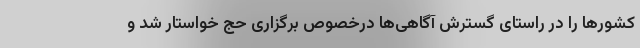
کشورها را در راستای گسترش آگاهی‌ها درخصوص برگزاری حج خواستار شد و